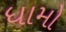
ધામો